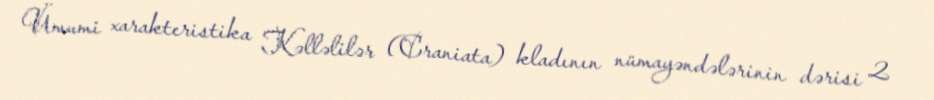
Ümumi xarakteristika Kəlləlilər (Craniata) kladının nümayəndələrinin dərisi 2